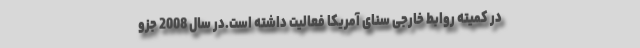
در کمیته روابط خارجی سنای آمریکا فعالیت داشته است.در سال 2008 جزو